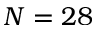
N = 2 8